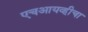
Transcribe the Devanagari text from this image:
एचआयव्हीचा